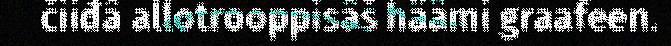
čiiđâ allotrooppisâš häämi graafeen.